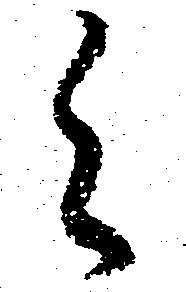
之